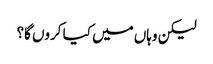
لیکن وہاں میں کیا کروں گا؟